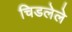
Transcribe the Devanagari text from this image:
चिडलेले